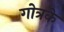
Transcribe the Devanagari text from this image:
गोत्रके